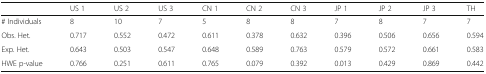
|  | US 1 | US 2 | US 3 | CN 1 | CN 2 | CN 3 | JP 1 | JP 2 | JP 3 | TH |
 | --- | --- | --- | --- | --- | --- | --- | --- | --- | --- | --- |
 | # Individuals | 8 | 10 | 7 | 5 | 8 | 8 | 7 | 8 | 7 | 7 |
 | Obs. Het. | 0.717 | 0.552 | 0.472 | 0.611 | 0.378 | 0.632 | 0.396 | 0.506 | 0.656 | 0.594 |
 | Exp. Het. | 0.643 | 0.503 | 0.547 | 0.648 | 0.589 | 0.763 | 0.579 | 0.572 | 0.661 | 0.583 |
 | HWE p-value | 0.766 | 0.251 | 0.611 | 0.765 | 0.079 | 0.392 | 0.013 | 0.429 | 0.869 | 0.442 |